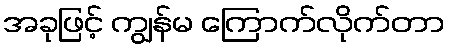
အခုဖြင့် ကျွန်မ ကြောက်လိုက်တာ